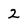
Character: 2